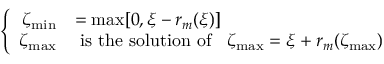
\left\{ \begin{array} { r l l } { \zeta _ { \operatorname* { m i n } } } & { = \operatorname* { m a x } [ 0 , \xi - r _ { m } ( \xi ) ] \medskip } \\ { \zeta _ { \operatorname* { m a x } } } & { \mathrm { ~ i s ~ t h e ~ s o l u t i o n ~ o f ~ } \; \; \zeta _ { \operatorname* { m a x } } = \xi + r _ { m } ( \zeta _ { \operatorname* { m a x } } ) } \end{array} \right.